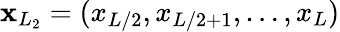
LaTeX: \mathbf{x}_{L_{2}}=(x_{L/2},x_{L/2+1},\dots,x_{L})